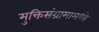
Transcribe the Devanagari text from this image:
मुक्तिसंग्रामामध्ये